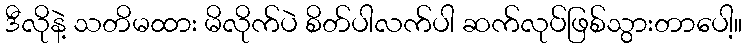
ဒီလိုနဲ့ သတိမထား မိလိုက်ပဲ စိတ်ပါလက်ပါ ဆက်လုပ်ဖြစ်သွားတာပေါ့။